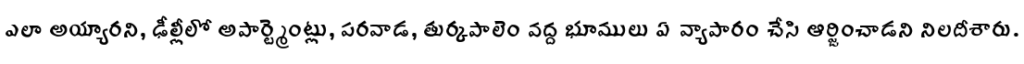
ఎలా అయ్యారని, ఢీల్లీలో అపార్ట్మెంట్లు, పరవాడ, తుర్కపాలెం వద్ద భూములు ఏ వ్యాపారం చేసి ఆర్జించాడని నిలదీశారు.